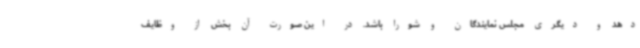
دهد و دیگری مجلس نمایندگان و شورا باشد. در این صورت آن بخش از وظایف